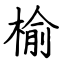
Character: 榆